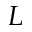
L